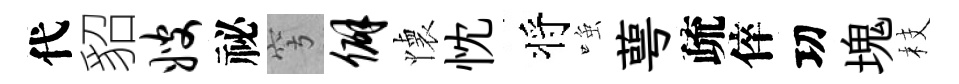
代貂嫂祕穹僻懐忱将𫪻萼疏倅㓛塊枝